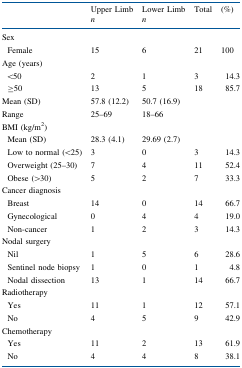
<table><thead><tr><td rowspan="2"></td><td><b>Upper Limb</b></td><td><b>Lower Limb</b></td><td rowspan="2"><b>Total</b></td><td rowspan="2"><b>(%)</b></td></tr><tr><td><b><i>n</i></b></td><td><b><i>n</i></b></td></tr></thead><tbody><tr><td>Sex</td><td></td><td></td><td></td><td></td></tr><tr><td> Female</td><td>15</td><td>6</td><td>21</td><td>100</td></tr><tr><td>Age (years)</td><td></td><td></td><td></td><td></td></tr><tr><td> &lt;50</td><td>2</td><td>1</td><td>3</td><td>14.3</td></tr><tr><td> ≥50</td><td>13</td><td>5</td><td>18</td><td>85.7</td></tr><tr><td>Mean (SD)</td><td>57.8 (12.2)</td><td>50.7 (16.9)</td><td></td><td></td></tr><tr><td>Range</td><td>25–69</td><td>18–66</td><td></td><td></td></tr><tr><td>BMI (kg/m<sup>2</sup>)</td><td></td><td></td><td></td><td></td></tr><tr><td> Mean (SD)</td><td>28.3 (4.1)</td><td>29.69 (2.7)</td><td></td><td></td></tr><tr><td> Low to normal (&lt;25)</td><td>3</td><td>0</td><td>3</td><td>14.3</td></tr><tr><td> Overweight (25–30)</td><td>7</td><td>4</td><td>11</td><td>52.4</td></tr><tr><td> Obese (&gt;30)</td><td>5</td><td>2</td><td>7</td><td>33.3</td></tr><tr><td>Cancer diagnosis</td><td></td><td></td><td></td><td></td></tr><tr><td> Breast</td><td>14</td><td>0</td><td>14</td><td>66.7</td></tr><tr><td> Gynecological</td><td>0</td><td>4</td><td>4</td><td>19.0</td></tr><tr><td> Non-cancer</td><td>1</td><td>2</td><td>3</td><td>14.3</td></tr><tr><td>Nodal surgery</td><td></td><td></td><td></td><td></td></tr><tr><td> Nil</td><td>1</td><td>5</td><td>6</td><td>28.6</td></tr><tr><td> Sentinel node biopsy</td><td>1</td><td>0</td><td>1</td><td>4.8</td></tr><tr><td> Nodal dissection</td><td>13</td><td>1</td><td>14</td><td>66.7</td></tr><tr><td>Radiotherapy</td><td></td><td></td><td></td><td></td></tr><tr><td> Yes</td><td>11</td><td>1</td><td>12</td><td>57.1</td></tr><tr><td> No</td><td>4</td><td>5</td><td>9</td><td>42.9</td></tr><tr><td>Chemotherapy</td><td></td><td></td><td></td><td></td></tr><tr><td> Yes</td><td>11</td><td>2</td><td>13</td><td>61.9</td></tr><tr><td> No</td><td>4</td><td>4</td><td>8</td><td>38.1</td></tr></tbody></table>